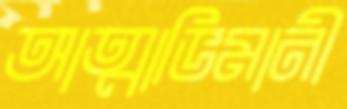
আত্মাভিমানী